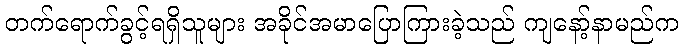
တက်ရောက်ခွင့်ရရှိသူများ အခိုင်အမာပြောကြားခဲ့သည် ကျနော့်နာမည်က